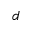
d